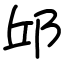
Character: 邱